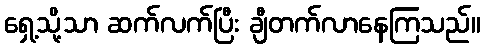
ရှေ့သို့သာ ဆက်လက်ပြီး ချီတက်လာနေကြသည်။